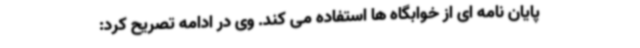
پایان نامه ای از خوابگاه ها استفاده می کند. وی در ادامه تصریح کرد: